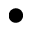
\bullet